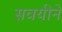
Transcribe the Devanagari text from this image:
सवयीने